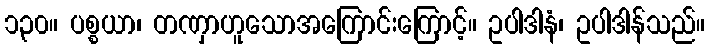
၁၃၀။ ပစ္စယာ၊ တဏှာဟူသောအကြောင်းကြောင့်။ ဥပါဒါနံ၊ ဥပါဒါန်သည်။